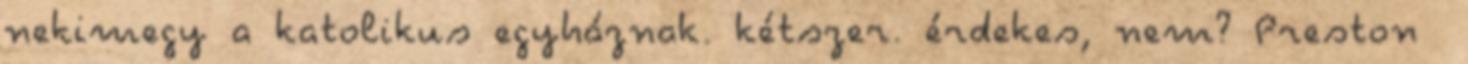
nekimegy a katolikus egyháznak. kétszer. érdekes, nem? Preston